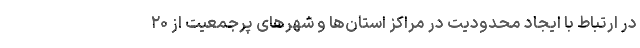
در ارتباط با ایجاد محدودیت در مراکز استان‌ها و شهرهای پرجمعیت از ۲۰